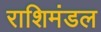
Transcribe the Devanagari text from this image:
राशिमंडल